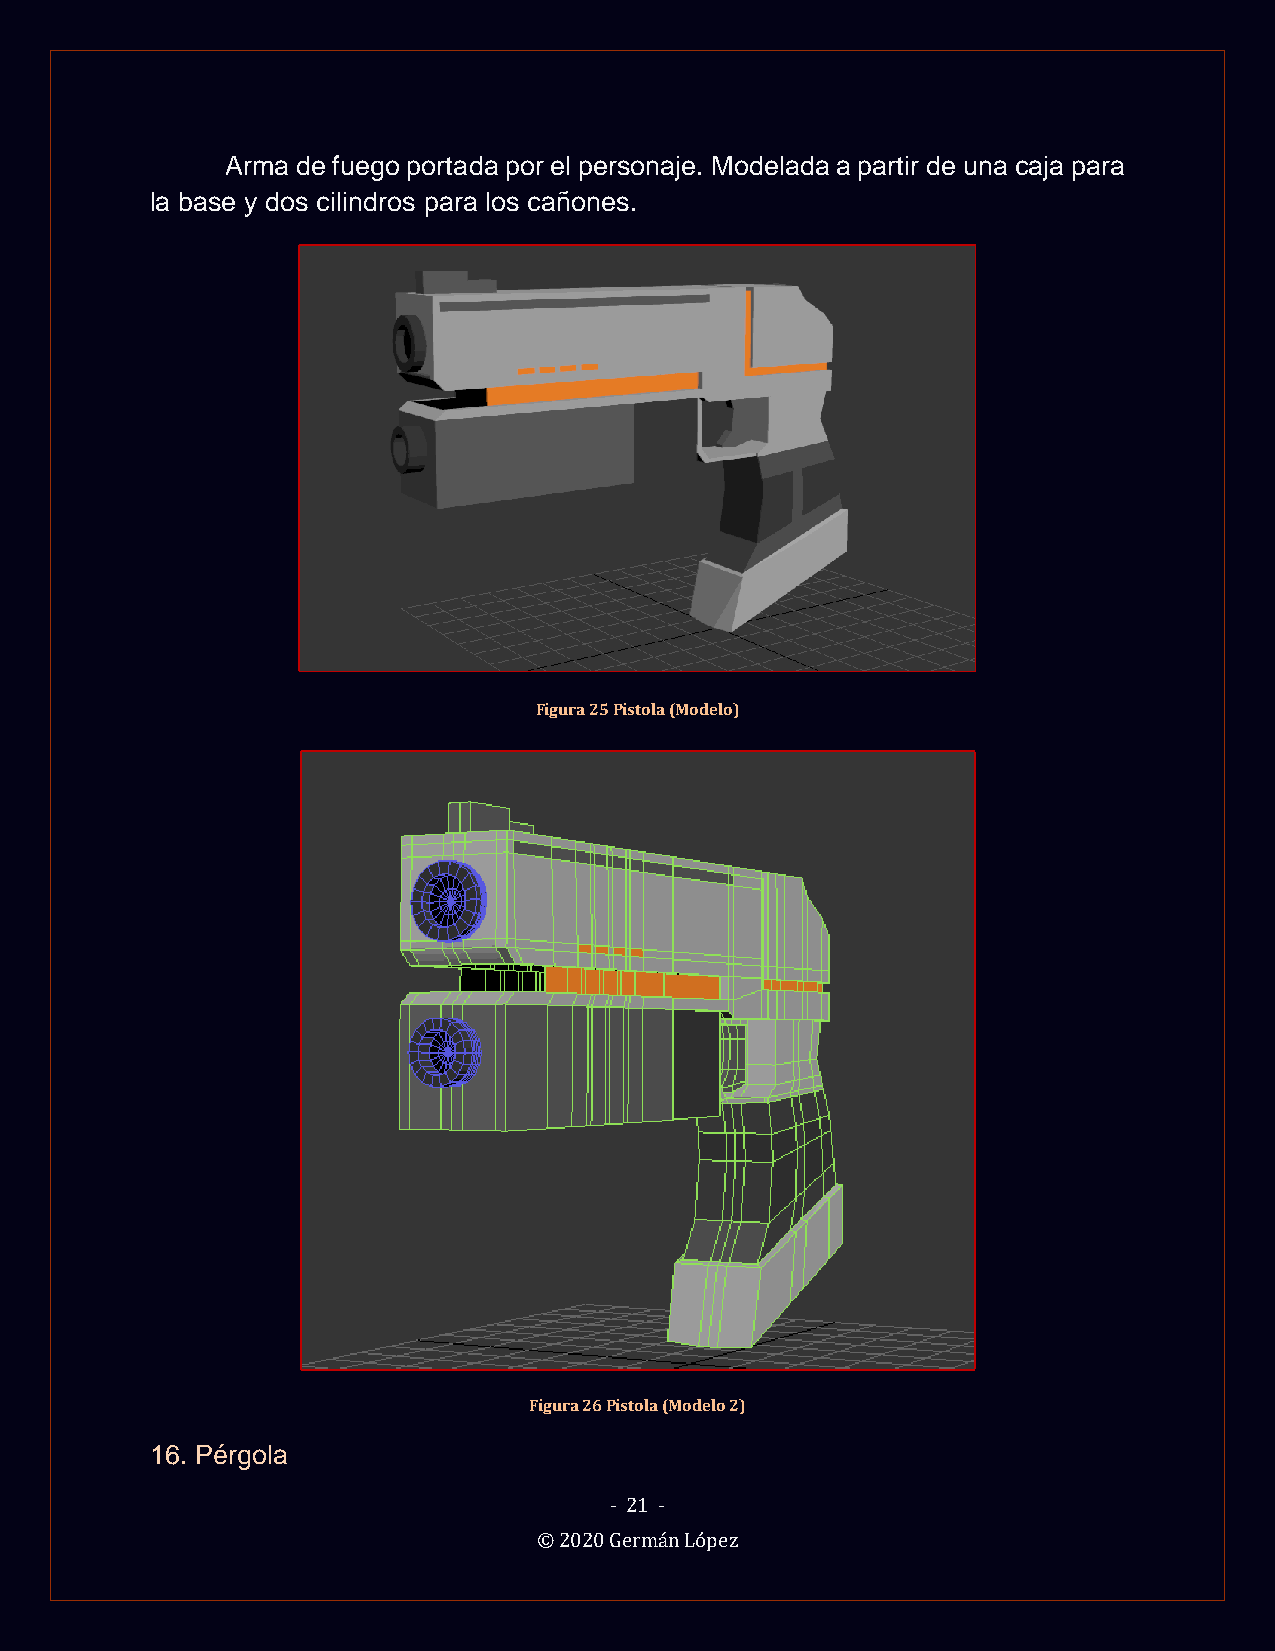
Arma de fuego portada por el personaje. Modelada a partir de una caja para
 la base y dos cilindros para los cañones.
 Figura 25 Pistola (Modelo)
 Figura 26 Pistola (Modelo 2)
 16. Pérgola
 - 21 -
 © 2020 Germán López